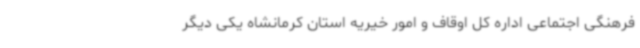
فرهنگی اجتماعی اداره کل اوقاف و امور خیریه استان کرمانشاه یکی دیگر